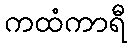
ကထံကာရီ